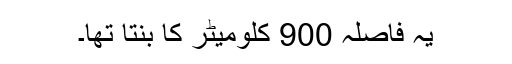
یہ فاصلہ 900 کلومیٹر کا بنتا تھا۔